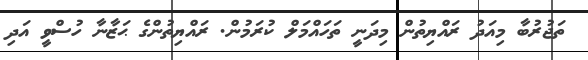
ތަޖުރުބާ މިއަދު ރައްޔިތުން މިދަނީ ތަހައްމަލް ކުރަމުން. ރައްޔިތުންގެ ޙަޒާނާ ހުސްވީ އަދި